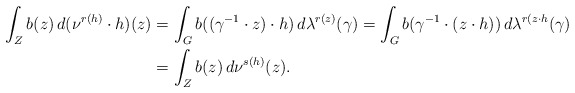
\begin{align*} \int_{Z}b(z)\,d(\nu^{r(h)}\cdot h)(z) &=\int_{G}b((\gamma^{-1}\cdot z)\cdot h)\,d\lambda^{r(z)}(\gamma) =\int_{G} b(\gamma^{-1}\cdot (z\cdot h))\,d\lambda^{r(z\cdot h}(\gamma)\\ & = \int_{Z} b(z)\,d\nu^{s(h)}(z). \end{align*}